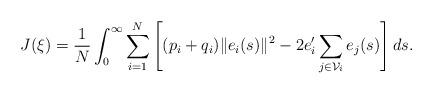
LaTeX: \begin{align*} J(\xi)=\frac{1}{N} \int_0^\infty \sum_{i=1}^N\left [(p_i+q_i)\|e_i(s)\|^2-2e_i'\sum_{j\in \mathcal{V}_i}e_j(s) \right] ds.\end{align*}